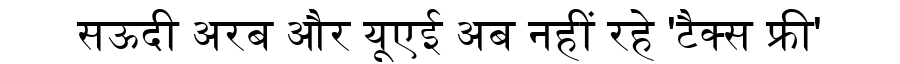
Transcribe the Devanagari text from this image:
सऊदी अरब और यूएई अब नहीं रहे 'टैक्स फ्री'